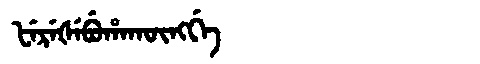
Manchu: ᡶᡝᡵᡝᡧᡝᠪᡠᡥᠠᡴᡡᠩᡤᡝ
Romanization: FEREŠEBUHAKŪNGGE